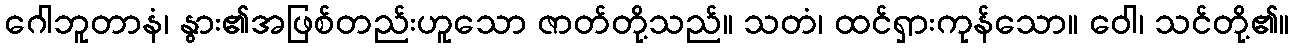
ဂေါဘူတာနံ၊ နွား၏အဖြစ်တည်းဟူသော ဇာတ်တို့သည်။ သတံ၊ ထင်ရှားကုန်သော။ ဝေါ၊ သင်တို့၏။